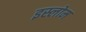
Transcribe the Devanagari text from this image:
इस्लोम